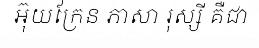
អ៊ុយក្រែន ភាសា រុស្សី គឺជា